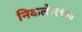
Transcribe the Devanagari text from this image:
निकले।१९०७